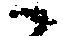
へ